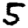
Digit: 5